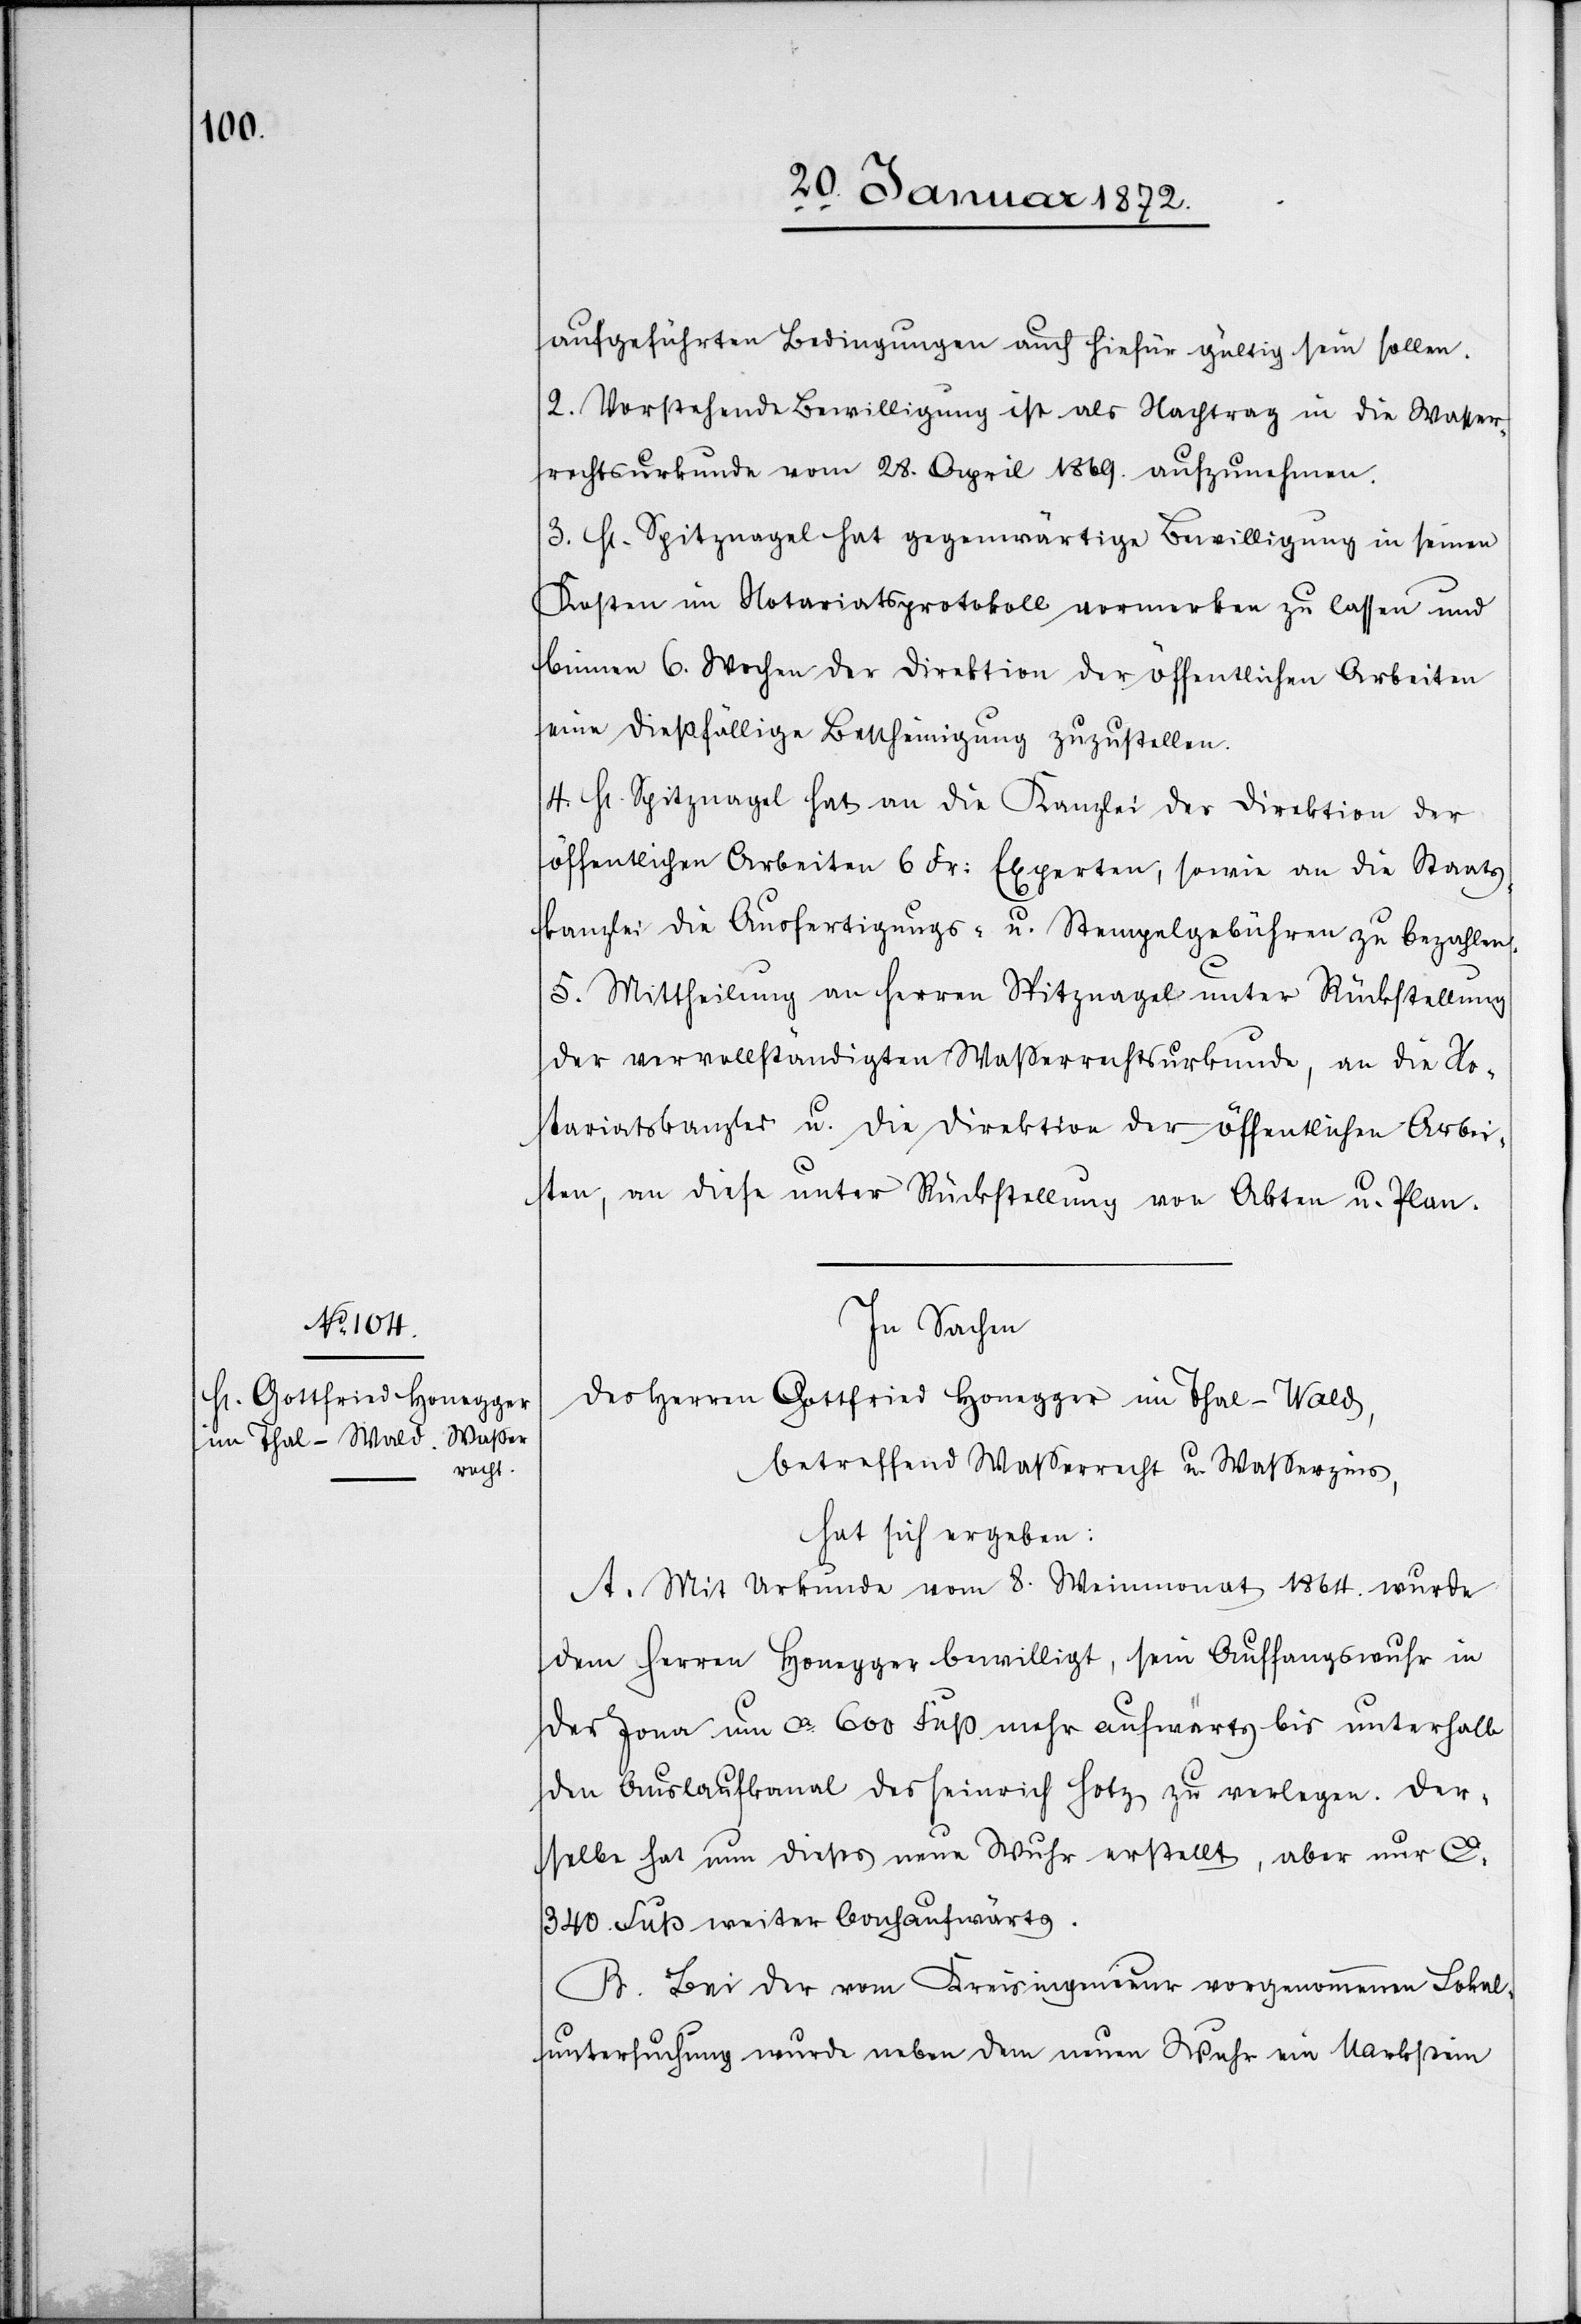
aufgeführten Bedingungen auch hiefür gültig sein sollen.
2. Vorstehende Bewilligung ist als Nachtrag in die Wasser¬
rechtsurkunde vom 28. April 1869. aufzunehmen.
3. H. Spitznagel hat gegenwärtige Bewilligung in seinen
Kosten im Notariatsprotokoll vormerken zu lassen und
binnen 6. Wochen der Direktion der öffentlichen Arbeiten
eine dießfällige Bescheinigung zuzustellen.
4. H. Spitznagel hat an die Kanzlei der Direktion der
öffentlichen Arbeiten 6. Fr: Experten, sowie an die Staats¬
kanzlei die Ausfertigungs- u. Stempelgebühren zu bezahlen.
5. Mittheilung an Herren Spitznagel unter Rückstellung
der vervollständigten Wasserrechtsurkunde, an die No¬
tariatskanzlei u. die Direktion der öffentlichen Arbei¬
ten, an diese unter Rückstellung von Akten u. Plan.
In Sachen
des Herren Gottfried Honegger im Thal-Wald,
betreffend Wasserrecht u. Wasserzins,
hat sich ergeben:
A. Mit Urkunde vom 8. Weinmonat 1864. wurde
dem Herren Honegger bewilligt, sein Auffangswuhr in
der Jona um ca. 600 Fuß mehr aufwärts bis unterhalb
den Auslaufkanal des Heinrich Hotz zu verlegen. Der¬
selbe hat nun dieses neue Wuhr erstellt, aber nur ca.
340. Fuß weiter bachaufwärts.
B. Bei der vom Kreisingenieur vorgenommenen Lokal¬
untersuchung wurde neben dem neuen Wuhr ein Markstein